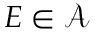
E \in { \mathcal { A } }